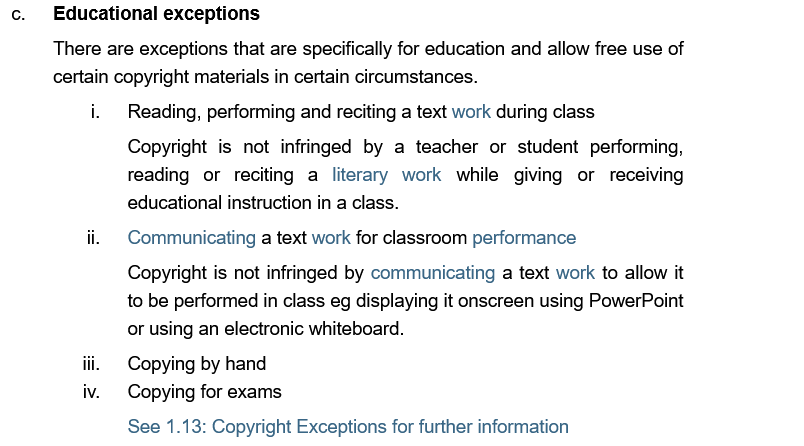
c.  Educational exceptions
     Copyright is not infringed by a teacher or student performing,
     reading or reciting a literary work while giving or receiving
     educational instruction in a class.
     Copyright is not infringed by communicating a text work to allow it
     to be performed in class eg displaying it onscreen using PowerPoint
     or using an electronic whiteboard.
     Communicating a text work for classroom performance

     ii. | Copying by hand
     iv.  Copying for exams
     See 1.13: Copyright Exceptions for further information
     There are exceptions that are specifically for education and allow free use of
     certain copyright materials in certain circumstances.
     Reading, performing and reciting a text work during class